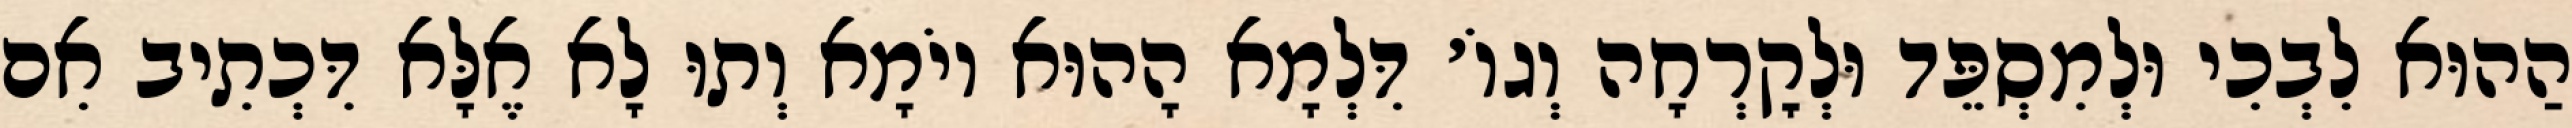
הַהוּא לִבְכִי וּלְמִסְפֵּד וּלְקׇרְחָה וְגוֹ׳ דִּלְמָא הָהוּא יוֹמָא וְתוּ לָא אֶלָּא דִּכְתִיב אִם